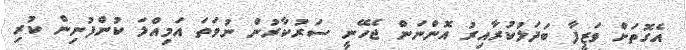
އެގޮތަށް ވަޒީފާ ބަދަލުކުރާއިރު އޮންނަން ޖެހޭނީ ސަރުކާރުން ނުވަތަ އަމިއްލަ ކުންފުނިން ކުރި